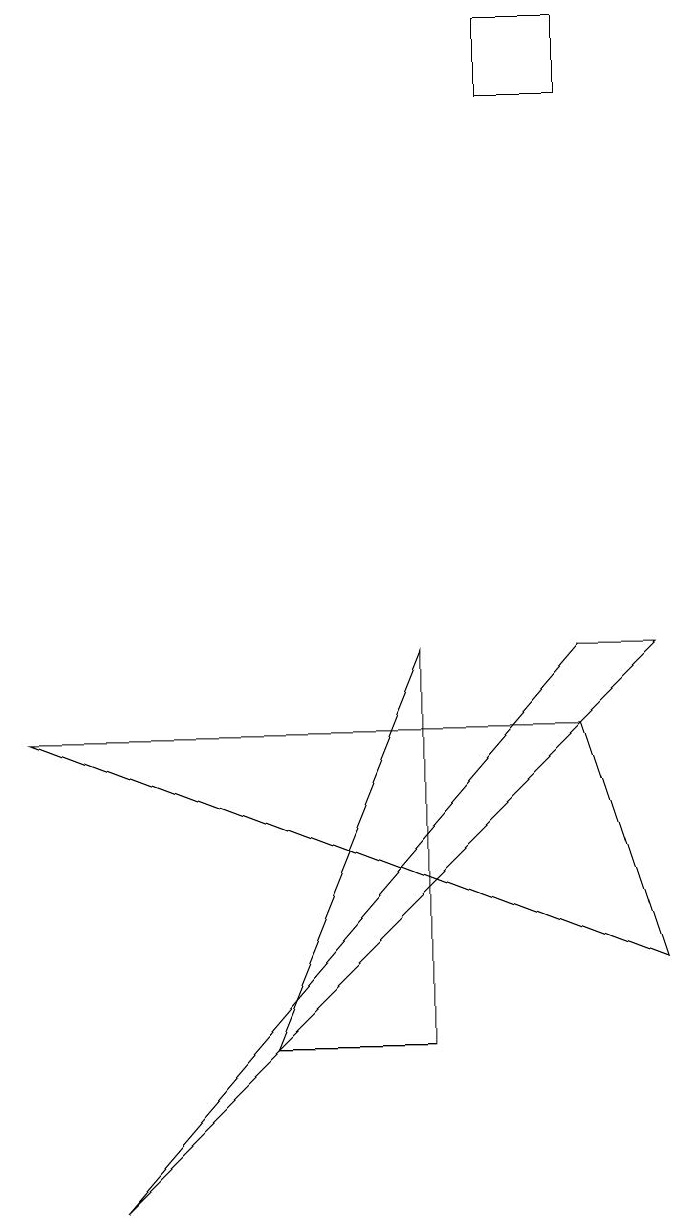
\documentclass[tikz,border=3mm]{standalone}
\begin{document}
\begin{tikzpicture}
\draw (7,14) rectangle (6,15);
\draw (5,7) -- (5,2) -- (3,2) -- cycle;
\draw (7,6) -- (8,3) -- (0,6) -- cycle;
\draw (1,0) -- (7,7) -- (8,7) -- cycle;
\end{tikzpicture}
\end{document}